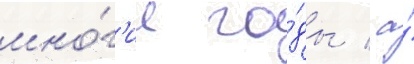
мно́г'ие го́ды / а́